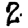
Digit: 2